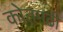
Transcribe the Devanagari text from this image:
कोतगढी